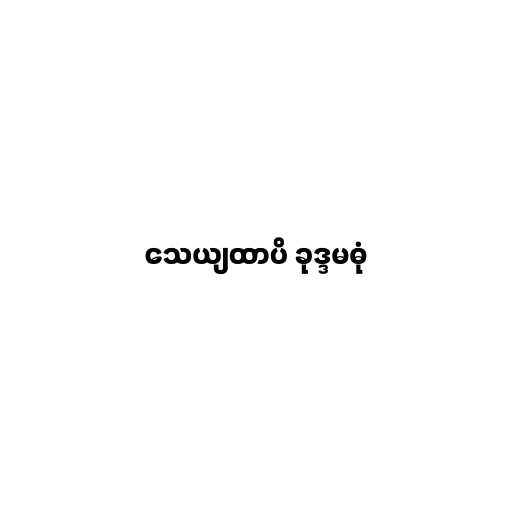
သေယျထာပိ ခုဒ္ဒမဓုံ